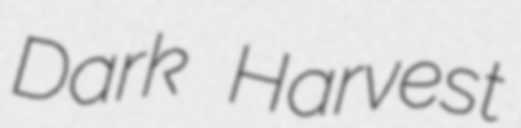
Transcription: Dark Harvest